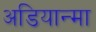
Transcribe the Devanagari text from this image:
अडियान्मा